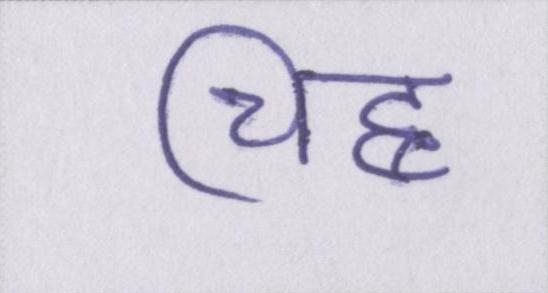
चिह्न